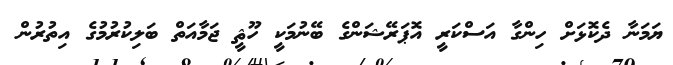
ޔަމަނާ ދެކޮޅަށް ހިންގާ އަސްކަރީ އޮޕަރޭޝަންގެ ބޭނުމަކީ ހޫޘީ ޖަމާއަތް ބަލިކުރުމުގެ އިތުރުން